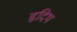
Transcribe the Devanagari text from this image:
हृदिथ